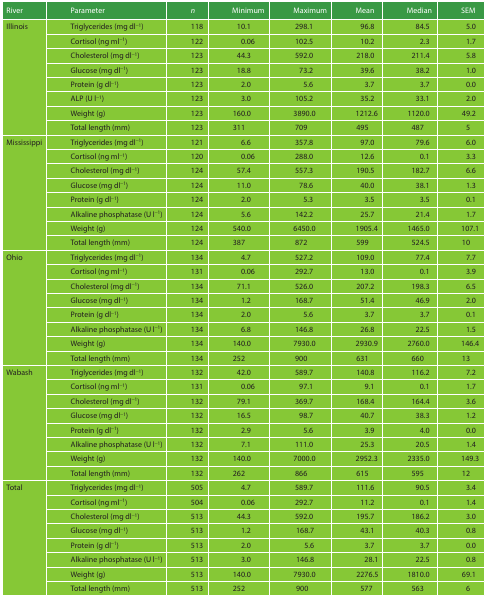
<table><thead><tr><td><b>River</b></td><td><b>Parameter</b></td><td><b><i>n</i></b></td><td><b>Minimum</b></td><td><b>Maximum</b></td><td><b>Mean</b></td><td><b>Median</b></td><td><b>SEM</b></td></tr></thead><tbody><tr><td>Illinois</td><td>Triglycerides (mg dl<sup>−1</sup>)</td><td>118</td><td>10.1</td><td>298.1</td><td>96.8</td><td>84.5</td><td>5.0</td></tr><tr><td></td><td>Cortisol (ng ml<sup>−1</sup>)</td><td>122</td><td>0.06</td><td>102.5</td><td>10.2</td><td>2.3</td><td>1.7</td></tr><tr><td></td><td>Cholesterol (mg dl<sup>−1</sup>)</td><td>123</td><td>44.3</td><td>592.0</td><td>218.0</td><td>211.4</td><td>5.8</td></tr><tr><td></td><td>Glucose (mg dl<sup>−1</sup>)</td><td>123</td><td>18.8</td><td>73.2</td><td>39.6</td><td>38.2</td><td>1.0</td></tr><tr><td></td><td>Protein (g dl<sup>−1</sup>)</td><td>123</td><td>2.0</td><td>5.6</td><td>3.7</td><td>3.7</td><td>0.0</td></tr><tr><td></td><td>ALP (U l<sup>−1</sup>)</td><td>123</td><td>3.0</td><td>105.2</td><td>35.2</td><td>33.1</td><td>2.0</td></tr><tr><td></td><td>Weight (g)</td><td>123</td><td>160.0</td><td>3890.0</td><td>1212.6</td><td>1120.0</td><td>49.2</td></tr><tr><td></td><td>Total length (mm)</td><td>123</td><td>311</td><td>709</td><td>495</td><td>487</td><td>5</td></tr><tr><td>Mississippi</td><td>Triglycerides (mg dl<sup>−1</sup>)</td><td>121</td><td>6.6</td><td>357.8</td><td>97.0</td><td>79.6</td><td>6.0</td></tr><tr><td></td><td>Cortisol (ng ml<sup>−1</sup>)</td><td>120</td><td>0.06</td><td>288.0</td><td>12.6</td><td>0.1</td><td>3.3</td></tr><tr><td></td><td>Cholesterol (mg dl<sup>−1</sup>)</td><td>124</td><td>57.4</td><td>557.3</td><td>190.5</td><td>182.7</td><td>6.6</td></tr><tr><td></td><td>Glucose (mg dl<sup>−1</sup>)</td><td>124</td><td>11.0</td><td>78.6</td><td>40.0</td><td>38.1</td><td>1.3</td></tr><tr><td></td><td>Protein (g dl<sup>−1</sup>)</td><td>124</td><td>2.0</td><td>5.3</td><td>3.5</td><td>3.5</td><td>0.1</td></tr><tr><td></td><td>Alkaline phosphatase (U l<sup>−1</sup>)</td><td>124</td><td>5.6</td><td>142.2</td><td>25.7</td><td>21.4</td><td>1.7</td></tr><tr><td></td><td>Weight (g)</td><td>124</td><td>540.0</td><td>6450.0</td><td>1905.4</td><td>1465.0</td><td>107.1</td></tr><tr><td></td><td>Total length (mm)</td><td>124</td><td>387</td><td>872</td><td>599</td><td>524.5</td><td>10</td></tr><tr><td>Ohio</td><td>Triglycerides (mg dl<sup>−1</sup>)</td><td>134</td><td>4.7</td><td>527.2</td><td>109.0</td><td>77.4</td><td>7.7</td></tr><tr><td></td><td>Cortisol (ng ml<sup>−1</sup>)</td><td>131</td><td>0.06</td><td>292.7</td><td>13.0</td><td>0.1</td><td>3.9</td></tr><tr><td></td><td>Cholesterol (mg dl<sup>−1</sup>)</td><td>134</td><td>71.1</td><td>526.0</td><td>207.2</td><td>198.3</td><td>6.5</td></tr><tr><td></td><td>Glucose (mg dl<sup>−1</sup>)</td><td>134</td><td>1.2</td><td>168.7</td><td>51.4</td><td>46.9</td><td>2.0</td></tr><tr><td></td><td>Protein (g dl<sup>−1</sup>)</td><td>134</td><td>2.0</td><td>5.6</td><td>3.7</td><td>3.7</td><td>0.1</td></tr><tr><td></td><td>Alkaline phosphatase (U l<sup>−1</sup>)</td><td>134</td><td>6.8</td><td>146.8</td><td>26.8</td><td>22.5</td><td>1.5</td></tr><tr><td></td><td>Weight (g)</td><td>134</td><td>140.0</td><td>7930.0</td><td>2930.9</td><td>2760.0</td><td>146.4</td></tr><tr><td></td><td>Total length (mm)</td><td>134</td><td>252</td><td>900</td><td>631</td><td>660</td><td>13</td></tr><tr><td>Wabash</td><td>Triglycerides (mg dl<sup>−1</sup>)</td><td>132</td><td>42.0</td><td>589.7</td><td>140.8</td><td>116.2</td><td>7.2</td></tr><tr><td></td><td>Cortisol (ng ml<sup>−1</sup>)</td><td>131</td><td>0.06</td><td>97.1</td><td>9.1</td><td>0.1</td><td>1.7</td></tr><tr><td></td><td>Cholesterol (mg dl<sup>−1</sup>)</td><td>132</td><td>79.1</td><td>369.7</td><td>168.4</td><td>164.4</td><td>3.6</td></tr><tr><td></td><td>Glucose (mg dl<sup>−1</sup>)</td><td>132</td><td>16.5</td><td>98.7</td><td>40.7</td><td>38.3</td><td>1.2</td></tr><tr><td></td><td>Protein (g dl<sup>−1</sup>)</td><td>132</td><td>2.9</td><td>5.6</td><td>3.9</td><td>4.0</td><td>0.0</td></tr><tr><td></td><td>Alkaline phosphatase (U l<sup>−1</sup>)</td><td>132</td><td>7.1</td><td>111.0</td><td>25.3</td><td>20.5</td><td>1.4</td></tr><tr><td></td><td>Weight (g)</td><td>132</td><td>140.0</td><td>7000.0</td><td>2952.3</td><td>2335.0</td><td>149.3</td></tr><tr><td></td><td>Total length (mm)</td><td>132</td><td>262</td><td>866</td><td>615</td><td>595</td><td>12</td></tr><tr><td>Total</td><td>Triglycerides (mg dl<sup>−1</sup>)</td><td>505</td><td>4.7</td><td>589.7</td><td>111.6</td><td>90.5</td><td>3.4</td></tr><tr><td></td><td>Cortisol (ng ml<sup>−1</sup>)</td><td>504</td><td>0.06</td><td>292.7</td><td>11.2</td><td>0.1</td><td>1.4</td></tr><tr><td></td><td>Cholesterol (mg dl<sup>−1</sup>)</td><td>513</td><td>44.3</td><td>592.0</td><td>195.7</td><td>186.2</td><td>3.0</td></tr><tr><td></td><td>Glucose (mg dl<sup>−1</sup>)</td><td>513</td><td>1.2</td><td>168.7</td><td>43.1</td><td>40.3</td><td>0.8</td></tr><tr><td></td><td>Protein (g dl<sup>−1</sup>)</td><td>513</td><td>2.0</td><td>5.6</td><td>3.7</td><td>3.7</td><td>0.0</td></tr><tr><td></td><td>Alkaline phosphatase (U l<sup>−1</sup>)</td><td>513</td><td>3.0</td><td>146.8</td><td>28.1</td><td>22.5</td><td>0.8</td></tr><tr><td></td><td>Weight (g)</td><td>513</td><td>140.0</td><td>7930.0</td><td>2276.5</td><td>1810.0</td><td>69.1</td></tr><tr><td></td><td>Total length (mm)</td><td>513</td><td>252</td><td>900</td><td>577</td><td>563</td><td>6</td></tr></tbody></table>